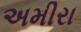
અમીરા